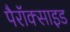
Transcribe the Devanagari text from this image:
पैरॉक्साइड